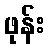
ဖုန်း